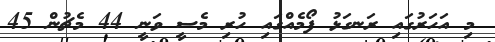
މި އަހަރުގައި ރަނގަޅު ފޯމެއްގައި ހުރި މެސީ ވަނީ 44 މެޗުން 45